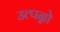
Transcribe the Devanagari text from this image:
उत्पन्नो